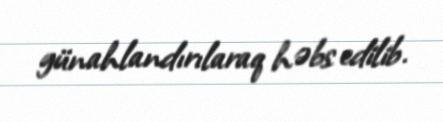
günahlandırılaraq həbs edilib.